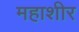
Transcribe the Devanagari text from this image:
महाशीर